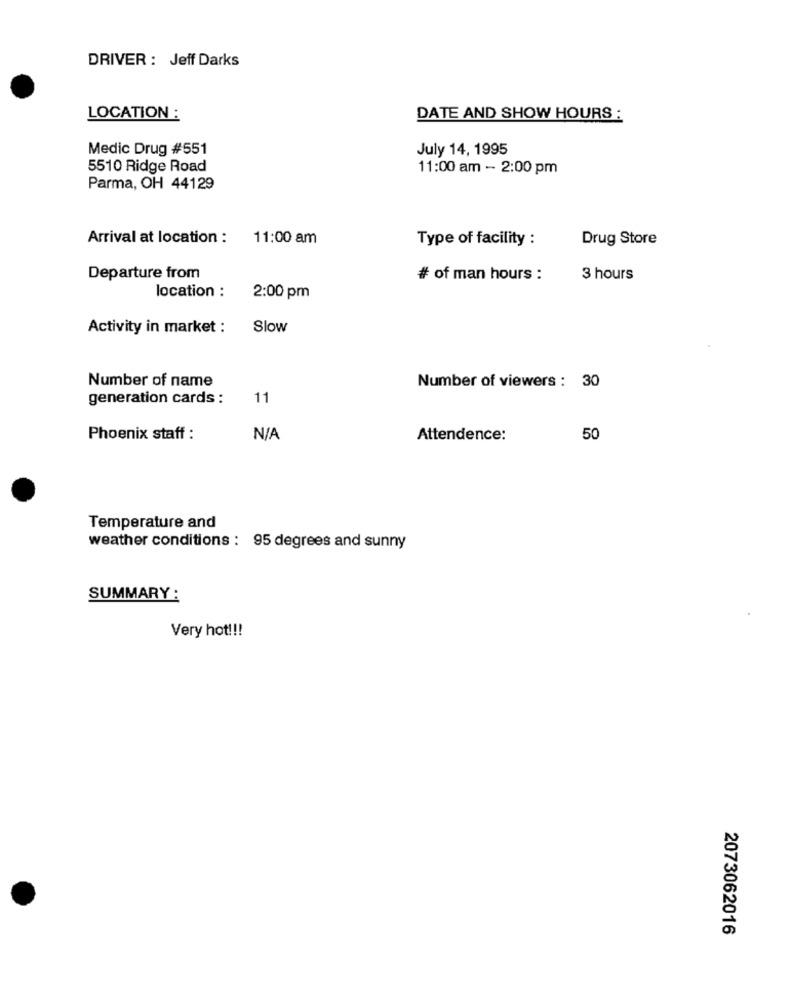
DRIVER : Jeff Darks
LOCATION :
DATE AND SHOW HOURS :
Medic Drug #551
July 14, 1995
5510 Ridge Road
11:00 am - 2:00 pm
Parma, OH 44129
Arrival at location :
11:00 am
Type of facility :
Drug Store
Departure from
# of man hours :
3 hours
location :
2:00 pm
Activity in market :
Slow
Number of name
Number of viewers : 30
generation cards :
11
Phoenix staff :
Attendence:
50
Temperature and
weather conditions : 95 degrees and sunny
SUMMARY :
Very hot !!!
2073062016